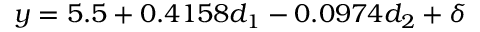
y = 5 . 5 + 0 . 4 1 5 8 d _ { 1 } - 0 . 0 9 7 4 d _ { 2 } + \delta